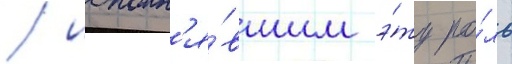
/ исполн'я́вшим э́ту ро́ль